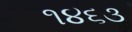
૧૪૬૩